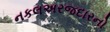
નકલઅરજદારનો